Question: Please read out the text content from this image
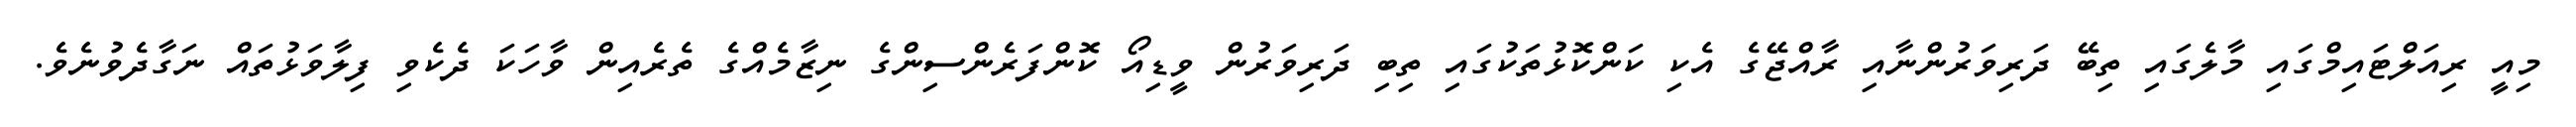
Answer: މިއީ ރިއަލްޓައިމްގައި މާލެގައި ތިބޭ ދަރިވަރުންނާއި ރާއްޖޭގެ އެކި ކަންކޮޅުތަކުގައި ތިބި ދަރިވަރުން ވީޑިއޯ ކޮންފަރެންސިންގެ ނިޒާމެއްގެ ތެރެއިން ވާހަކަ ދެކެވި ފިލާވަޅުތައް ނަގާދެވުނެވެ.